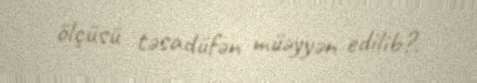
ölçüsü təsadüfən müəyyən edilib?.